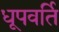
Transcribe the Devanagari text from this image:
धूपवर्ति